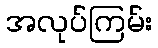
အလုပ်ကြမ်း